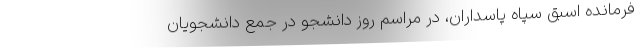
فرمانده اسبق سپاه پاسداران، در مراسم روز دانشجو در جمع دانشجویان